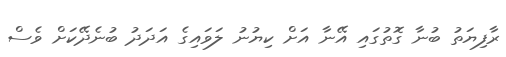
ރާފިޔަތު ބުނާ ގޮތުގައި އޭނާ އަށް ކިޔުނު ލަވައިގެ އަދަދު ބުނެދޭކަށް ވެސް